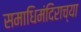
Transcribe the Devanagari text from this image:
समाधिमंदिराच्या